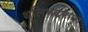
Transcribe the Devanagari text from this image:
थूलिभद्दफाग